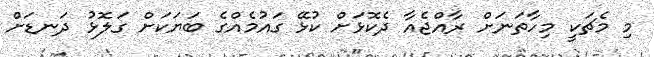
މި މެޗަކީ މިހާތަނަށް ރާއްޖެއާ ދެކޮޅަށް ކުޅޭ ގައުމެއްގެ ބަޔަކަށް ގަލޮޅު ދަނޑަށް